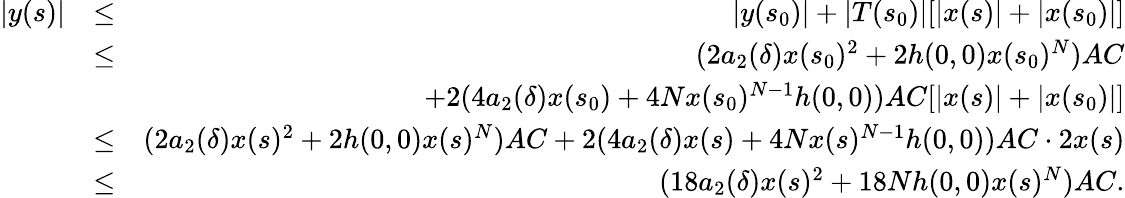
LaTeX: \begin{array}{rlr}{|y(s)|}&{\leq}&{|y(s_{0})|+|T(s_{0})|[|x(s)|+|x(s_{0})|]}\\ &{\leq}&{(2a_{2}(\delta)x(s_{0})^{2}+2h(0,0)x(s_{0})^{N})AC}\\ &{}&{+2(4a_{2}(\delta)x(s_{0})+4Nx(s_{0})^{N-1}h(0,0))AC[|x(s)|+|x(s_{0})|]}\\ &{\leq}&{(2a_{2}(\delta)x(s)^{2}+2h(0,0)x(s)^{N})AC+2(4a_{2}(\delta)x(s)+4Nx(s)^{N-1}h(0,0))AC\cdot 2x(s)}\\ &{\leq}&{(18a_{2}(\delta)x(s)^{2}+18Nh(0,0)x(s)^{N})AC.}\end{array}